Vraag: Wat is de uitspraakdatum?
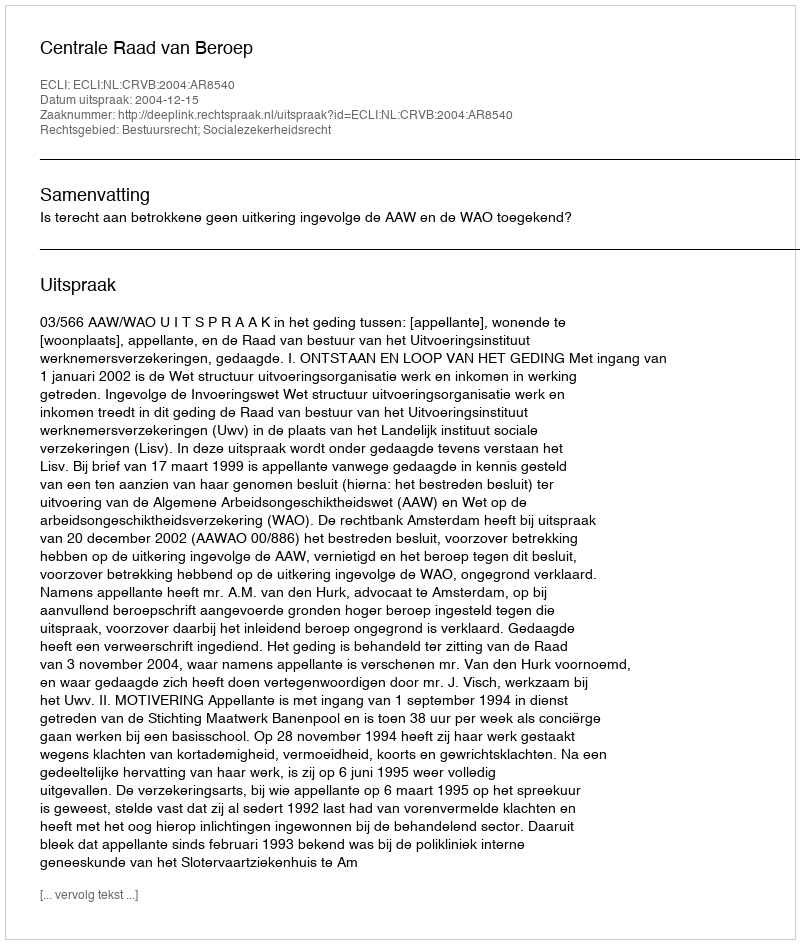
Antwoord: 2004-12-15